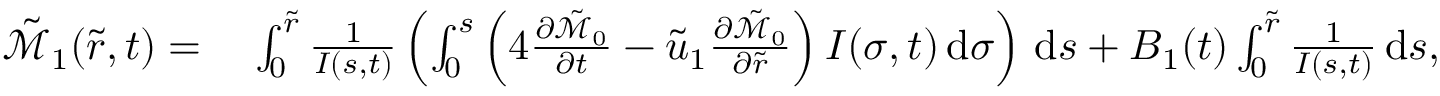
\begin{array} { r l } { \tilde { \mathcal { M } } _ { 1 } ( \tilde { r } , t ) = } & { \; \int _ { 0 } ^ { \tilde { r } } \frac { 1 } { I ( s , t ) } \left( \int _ { 0 } ^ { s } \left( 4 \frac { \partial \tilde { \mathcal { M } } _ { 0 } } { \partial t } - \tilde { u } _ { 1 } \frac { \partial \tilde { \mathcal { M } } _ { 0 } } { \partial \tilde { r } } \right) I ( \sigma , t ) \, \mathrm { d } \sigma \right) \, \mathrm { d } s + B _ { 1 } ( t ) \int _ { 0 } ^ { \tilde { r } } \frac { 1 } { I ( s , t ) } \, \mathrm { d } s , } \end{array}